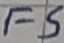
Text: FS